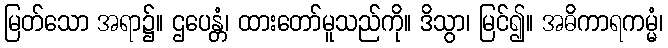
မြတ်သော အရာ၌။ ဌပေန္တံ၊ ထားတော်မူသည်ကို။ ဒိသွာ၊ မြင်၍။ အဓိကာရကမ္မံ၊